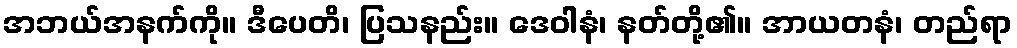
အဘယ်အနက်ကို။ ဒီပေတိ၊ ပြသနည်း။ ဒေဝါနံ၊ နတ်တို့၏။ အာယတနံ၊ တည်ရာ